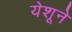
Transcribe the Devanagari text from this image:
येशूने